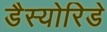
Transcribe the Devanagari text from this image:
डैस्योरिडे